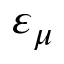
\varepsilon _ { \mu }